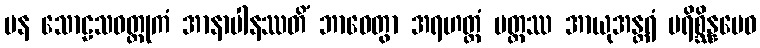
ပန သောဠသဝတ္ထုကံ အာနာပါနဿတိံ ဘာဝေတွာ အရဟတ္တံ ပတ္တဿ အာယုအန္တရံ ပရိစ္ဆိန္နမေဝ